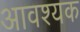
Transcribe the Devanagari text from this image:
अावश्यक